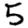
Digit: 5